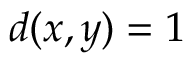
d ( x , y ) = 1